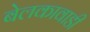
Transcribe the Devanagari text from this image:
बेलकावाडी